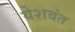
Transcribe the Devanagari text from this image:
येशवंत